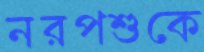
নরপশুকে